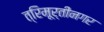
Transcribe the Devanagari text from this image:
त्रिमूर्तीनगर